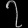
Digit: ၇